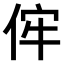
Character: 𠈭